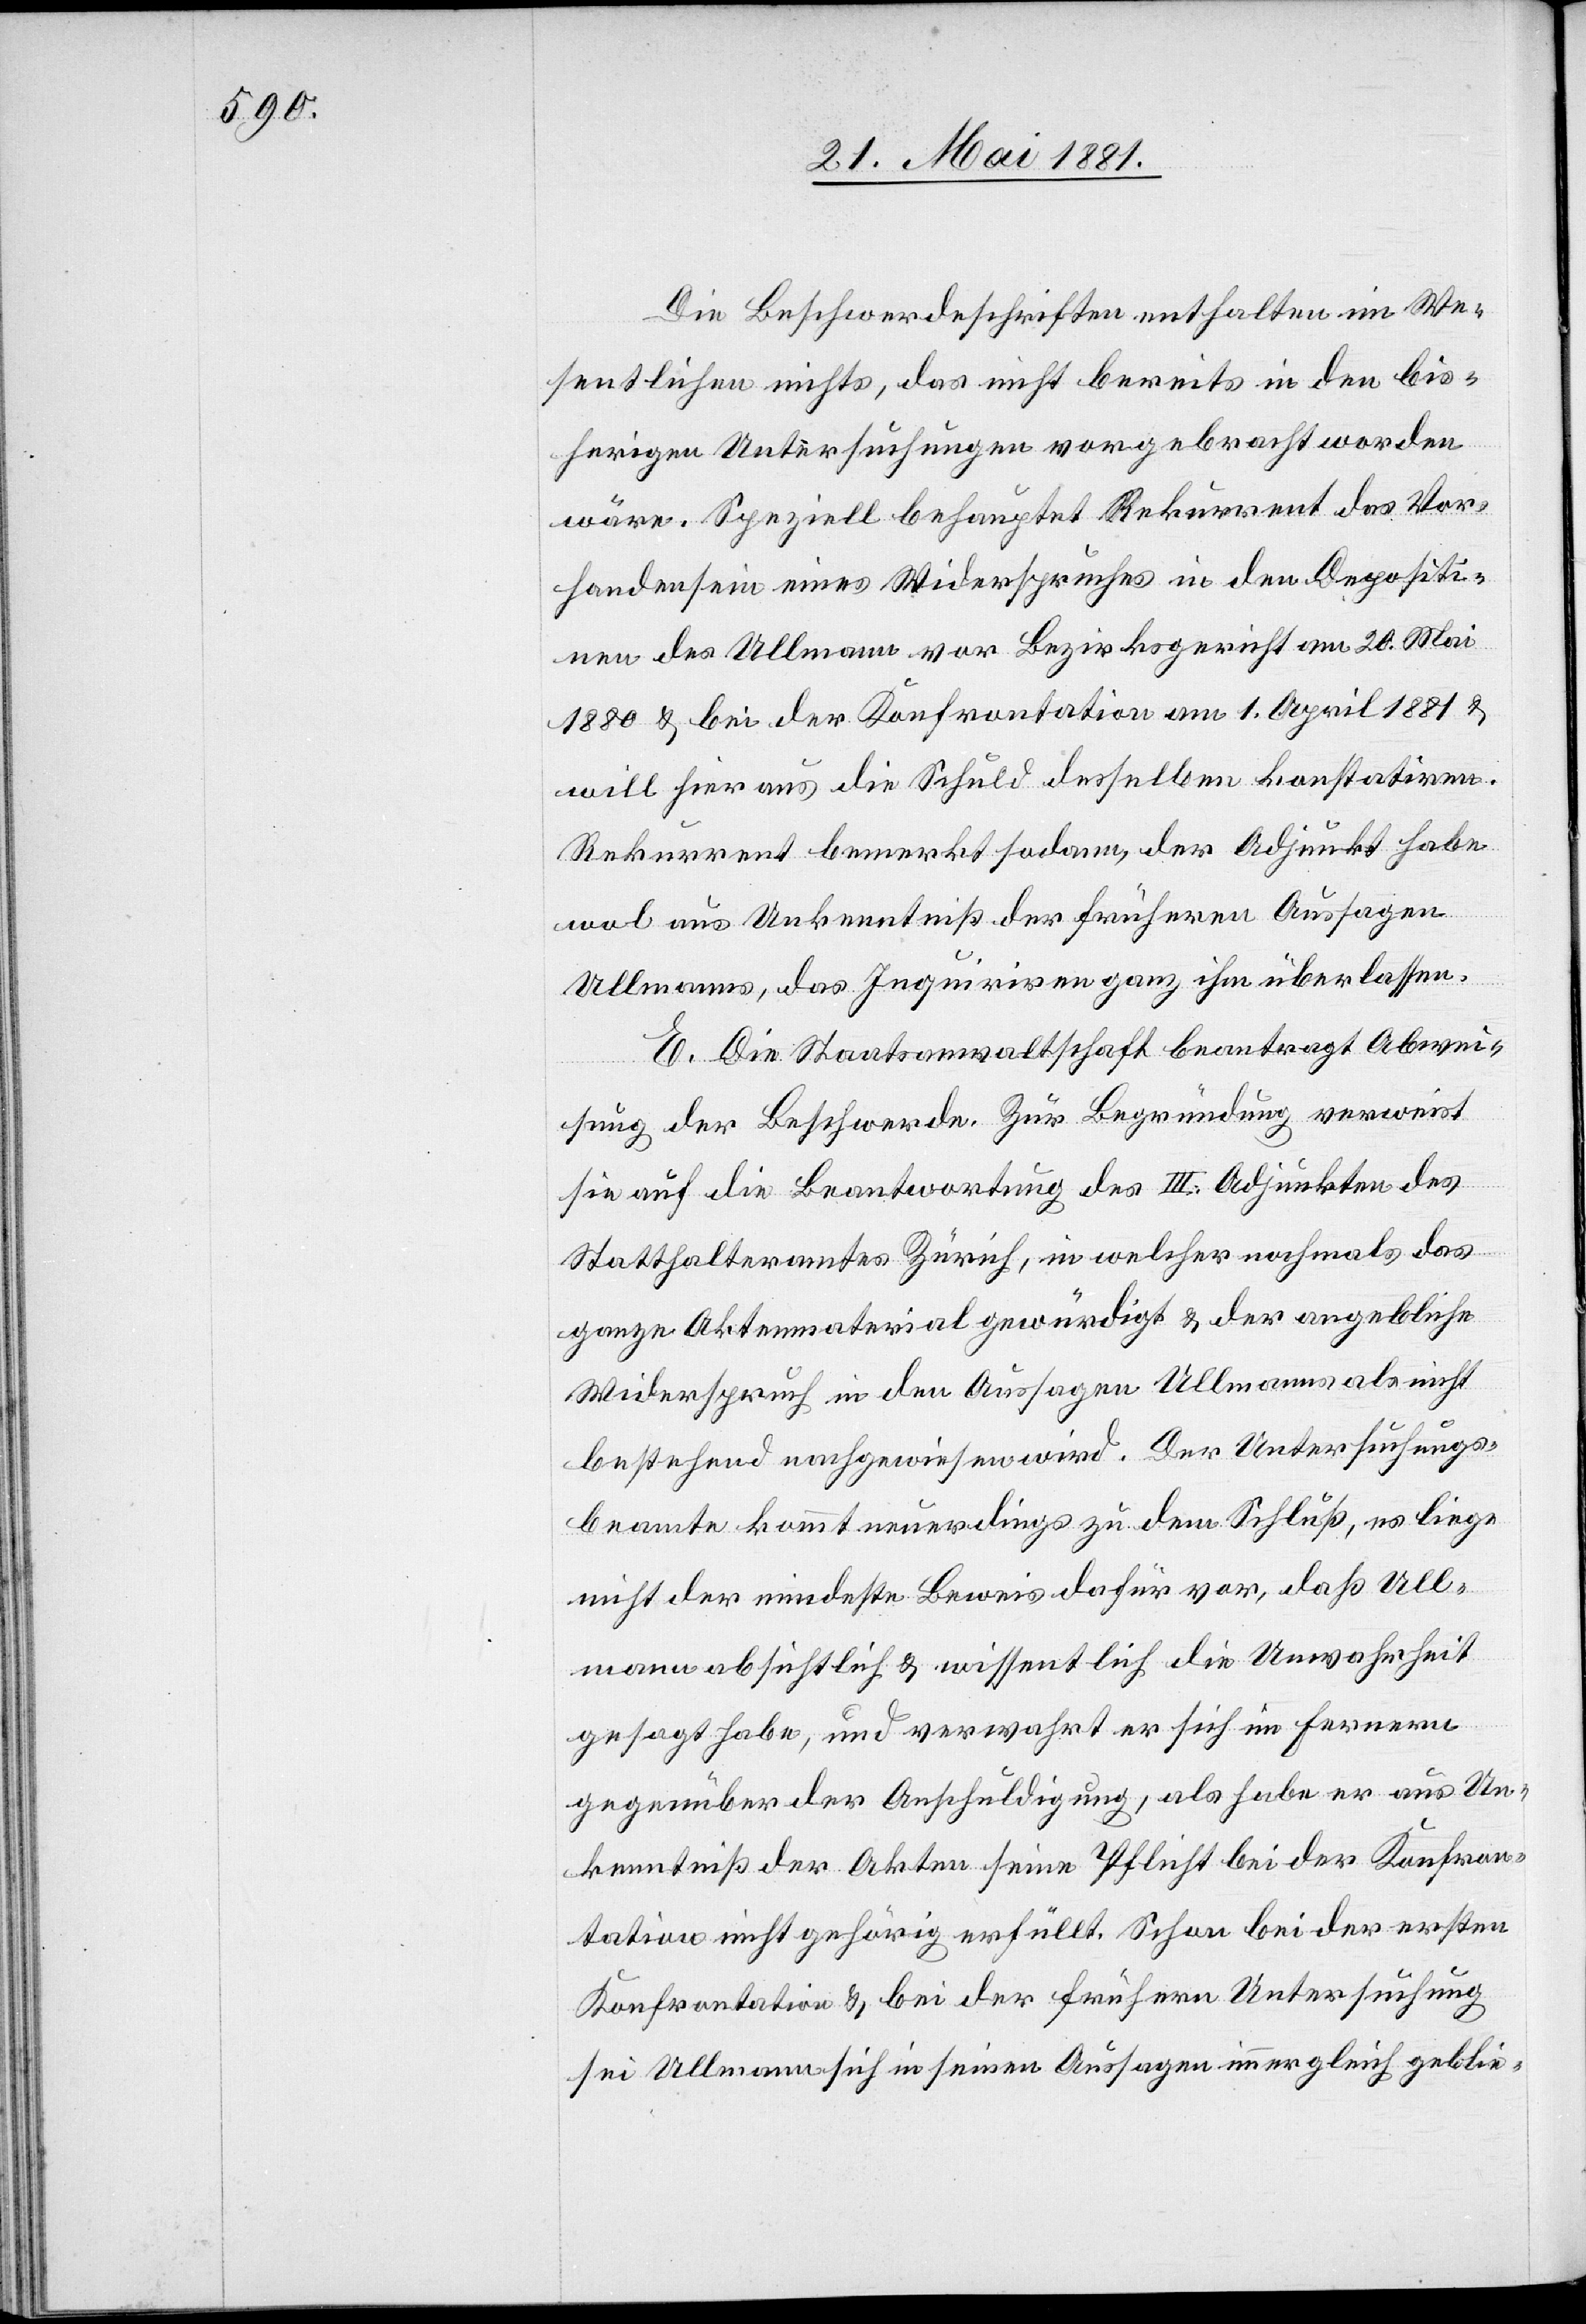
Die Beschwerdeschriften enthalten im We¬
sentlichen nichts, das nicht bereits in den bis¬
herigen Untersuchungen vorgebracht worden
wäre. Speziell behauptet Rekurrent das Vor¬
handensein eines Widerspruches in den Depositi¬
[sic!] des Ullmann vor Bezirksgericht am 20. Mai
1880 & bei der Konfrontation am 1. April 1881 &
will hier uns die Schuld desselben konstatiren.
Rekurrent bemerkt sodann, der Adjunkt habe
wol aus Unkenntniß der früheren Aussagen
Ullmanns, das Inquiriren ihm überlassen.
E. Die Staatsanwaltschaft beantragt Abwei¬
sung der Beschwerde. Zur Begründung verweist
sie auf die Beantwortung des III. Adjunkten des
Statthalteramtes Zürich, in welcher nochmals das
ganze Aktenmaterial gewürdigt & der angebliche
Widerspruch in den Aussagen Ullmanns als nicht
bestehend nachgewiesen wird. Der Untersuchungs¬
beamte kommt neuerdings zu dem Schluß, es liege
nicht der mindeste Beweis dafür vor, daß Ull¬
mann absichtlich & wissentlich die Unwahrheit
gesagt habe, und verwahrt er sich im Fernern
gegenüber der Anschuldigung, als habe er aus Un¬
kenntiß der Akten seine Pflicht bei der Konfron¬
tation nicht gehörig erfüllt. Schon bei der ersten
Konfrontation & bei der frühern Untersuchung
sei Ullmann sich in seinen Aussagen immer gleich geblie-

nen